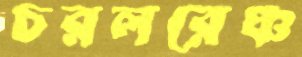
চরলরেঞ্চ